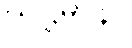
ဃဋ္ဋမာနာ